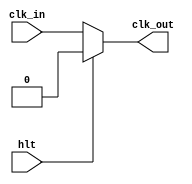
// This program was cloned from: https://github.com/namberino/nam80
// License: BSD 2-Clause "Simplified" License

module clock(
    input clk_in,
    input hlt,
    output clk_out
);

    assign clk_out = hlt ? 1'b0 : clk_in;

endmodule